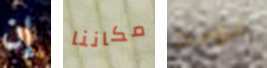
إن مكاننا عوده